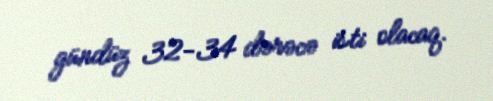
gündüz 32-34 dərəcə isti olacaq.